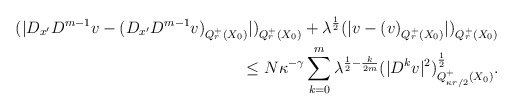
\begin{align*}(|D_{x^\prime}D^{m-1}v-(D_{x^\prime}D^{m-1}v)_{Q_r^+(X_0)}|)_{Q_r^+(X_0)}+\lambda^{\frac{1}{2}}(|v-(v)_{Q_r^+(X_0)}|)_{Q_r^+(X_0)}\\\le N\kappa^{-\gamma}\sum_{k=0}^m \lambda^{\frac{1}{2}-\frac{k}{2m}}(|D^k v|^2)_{Q_{\kappa r/2}^+(X_0)}^{\frac{1}{2}}.\end{align*}